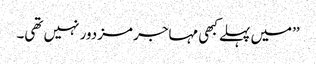
’’میں پہلے کبھی مہاجر مزدور نہیں تھی۔